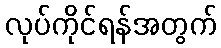
လုပ်ကိုင်ရန်အတွက်